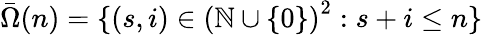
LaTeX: \bar{\Omega}(n)=\{ (s,i)\in\left(\mathbb{N}\cup\{ 0\} \right)^{2}:s+i\leq n\}